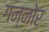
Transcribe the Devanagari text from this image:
गन्नोर